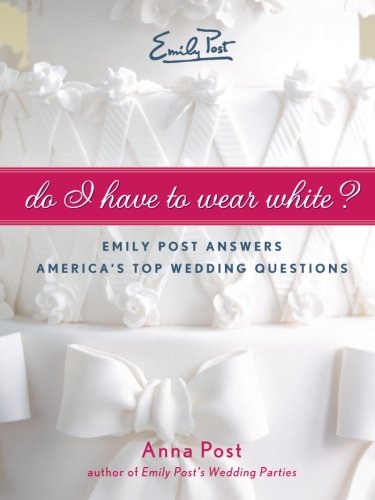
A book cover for Do I Have To Wear White?: Emily Post Answers America's Top Wedding Questions; Anna Post; Crafts, Hobbies & Home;